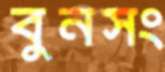
বুনসং